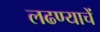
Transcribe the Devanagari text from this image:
लढण्याचें